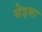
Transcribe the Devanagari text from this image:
सेइबा